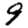
Digit: 9